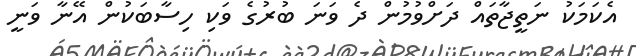
އެކަމަކު ނަތީޖާތައް ދަށްވުމުން ދެ ވަނަ ބުރުގެ ވަކި ހިސާބަކުން އޭނާ ވަނީ